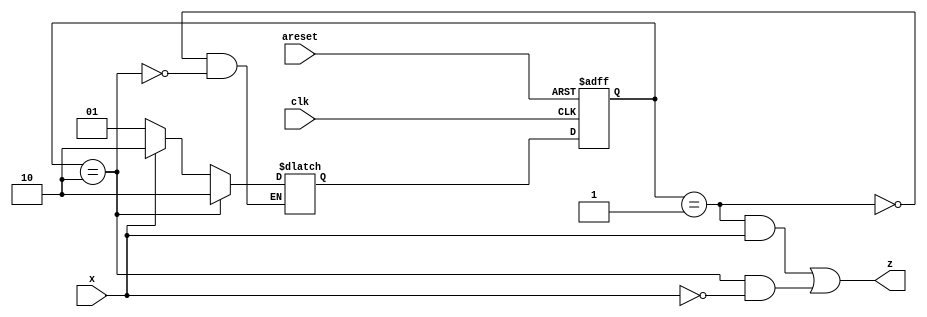
module top_module (
    input clk,
    input areset,
    input x,
    output z
); 
 
    //-------------Internal Constants-----------------
    parameter S0=1, S1=2 ;  // States 

    //-------------Internal Variables-----------------
    reg [1:0] state, next_state;    //Used one hot encoding, 2 state bits required for 2 states.

    // State transition logic - Combinational Logic
    always @(*) begin
        case(state)
            S0 : next_state = x ? S1 : S0;
            S1 : next_state = x ? S1 : S1;
            // default : next_state = 1'bxx;
        endcase
    end

    // Current state logic - Sequential Logic
    always @(posedge clk, posedge areset) begin
    // State flip-flops with asynchronous reset
        if(areset)
            state <= S0;
        else
            state <= next_state;
    end

    // Output logic - Combinational output logic
    assign z = (state == S0) & x || (state == S1) & ~x;      

endmodule